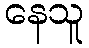
နေသူ